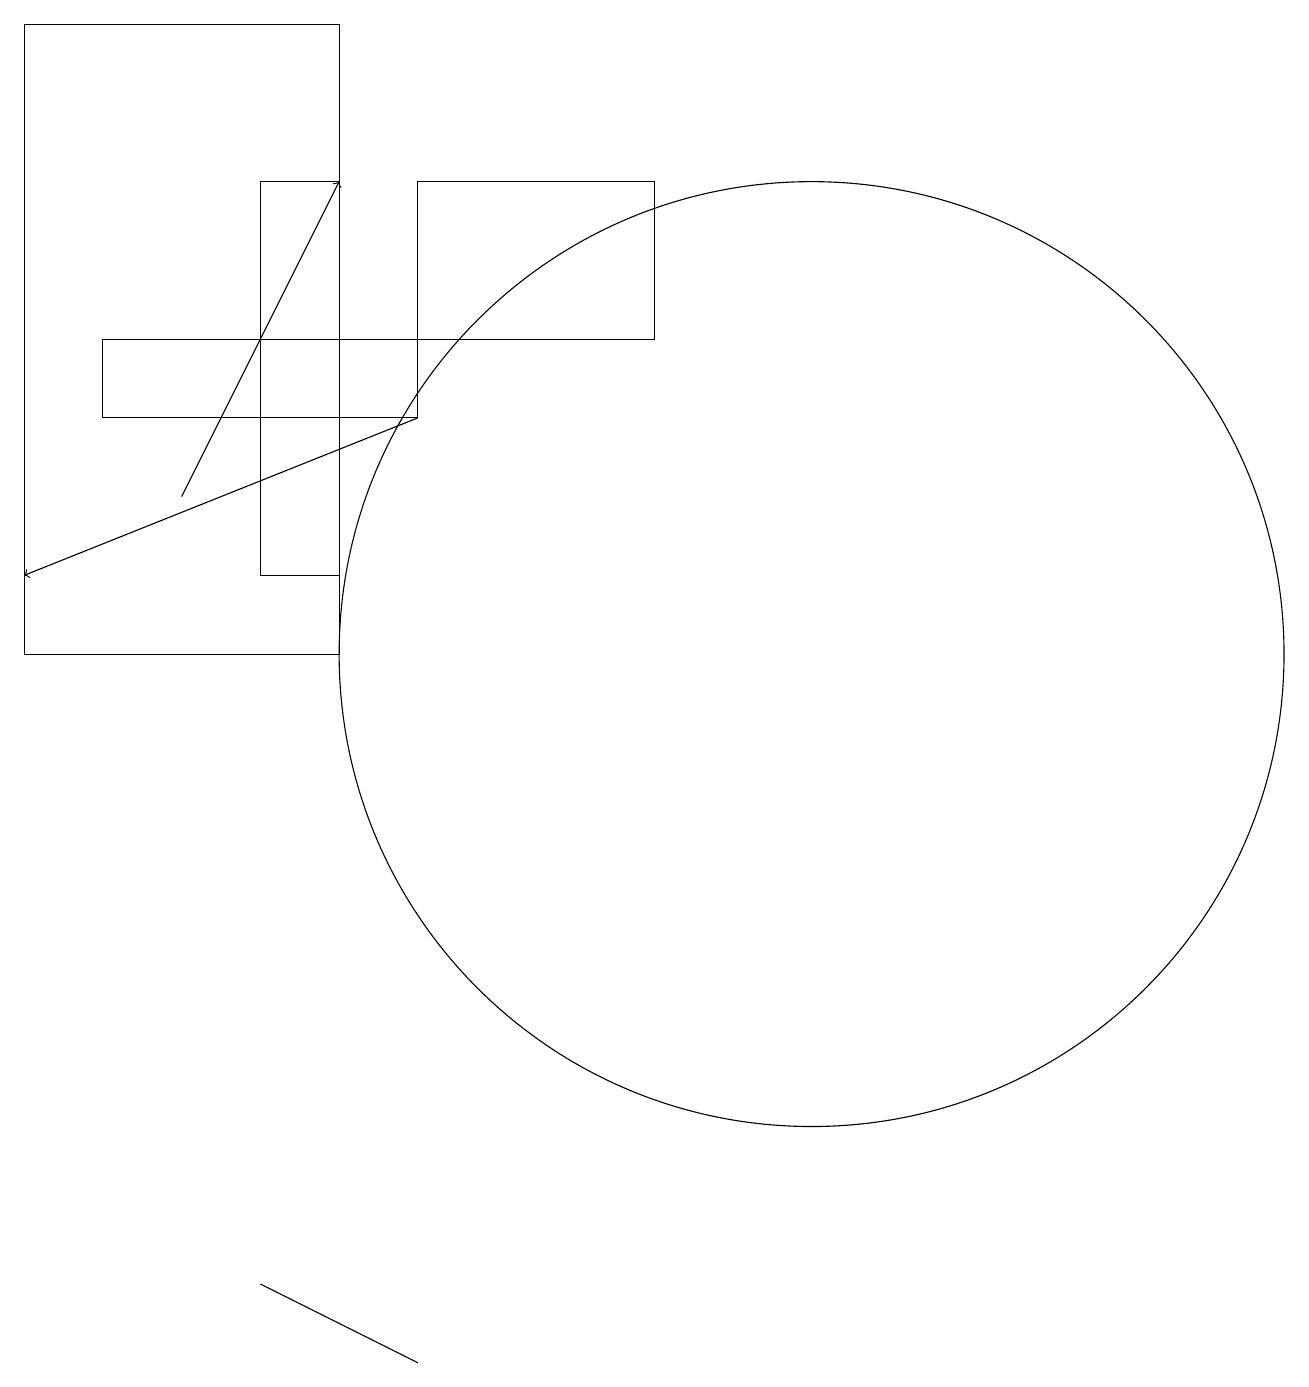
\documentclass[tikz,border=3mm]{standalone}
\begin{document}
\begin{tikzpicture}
\draw (10,10) circle (6);
\draw[->] (5,13) -- (0,11);
\draw (3,2) -- (5,1) -- (3,2) -- cycle;
\draw (4,11) rectangle (3,16);
\draw (8,14) rectangle (5,16);
\draw (0,10) rectangle (4,18);
\draw (5,13) rectangle (1,14);
\draw[->] (2,12) -- (4,16);
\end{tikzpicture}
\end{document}